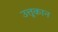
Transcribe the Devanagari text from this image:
उत्तूकान